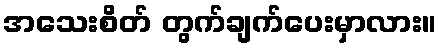
အသေးစိတ် တွက်ချက်ပေးမှာလား။